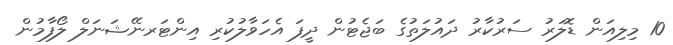
10 މިލިއަން ޑޮލަރު ސަރުކާރު ދައުލަތުގެ ބަޖެޓުން ދީފަ އެހަވާލުކުރި އިންޓަރނޭޝަނަލް ލޯފާމުން